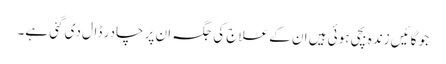
جو گائیں زندہ بچی ہوئی ہیں ان کے علاج کی جگہ ان پر چادر ڈال دی گئی ہے۔